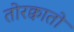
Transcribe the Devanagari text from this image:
तोरक्वातो